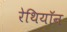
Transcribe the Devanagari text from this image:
रेथियॉन